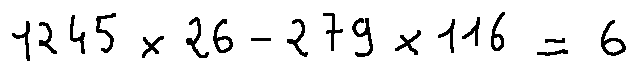
1 2 4 5 \times 2 6 - 2 7 9 \times 1 1 6 = 6